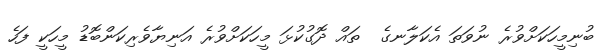
ބުނިމީހަކަށްވުރެ ނުވަތަ އެކަލާނގެ  ތައް ދޮގުކުޅަ މީހަކަށްވުރެ އަނިޔާވެރިކަންބޮޑު މީހަކީ ފަހެ